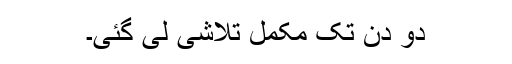
دو دن تک مکمل تلاشی لی گئی۔